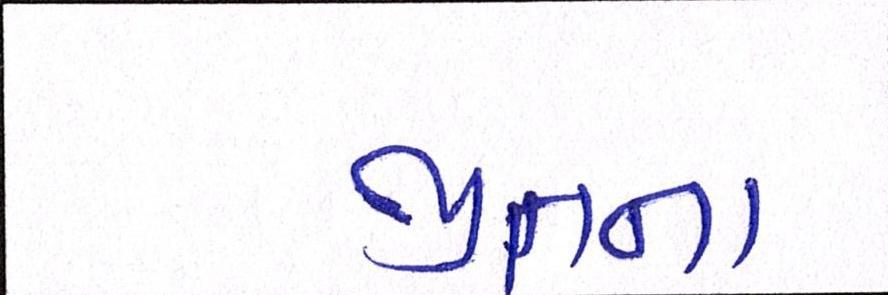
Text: જીતના